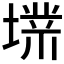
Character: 𱗭